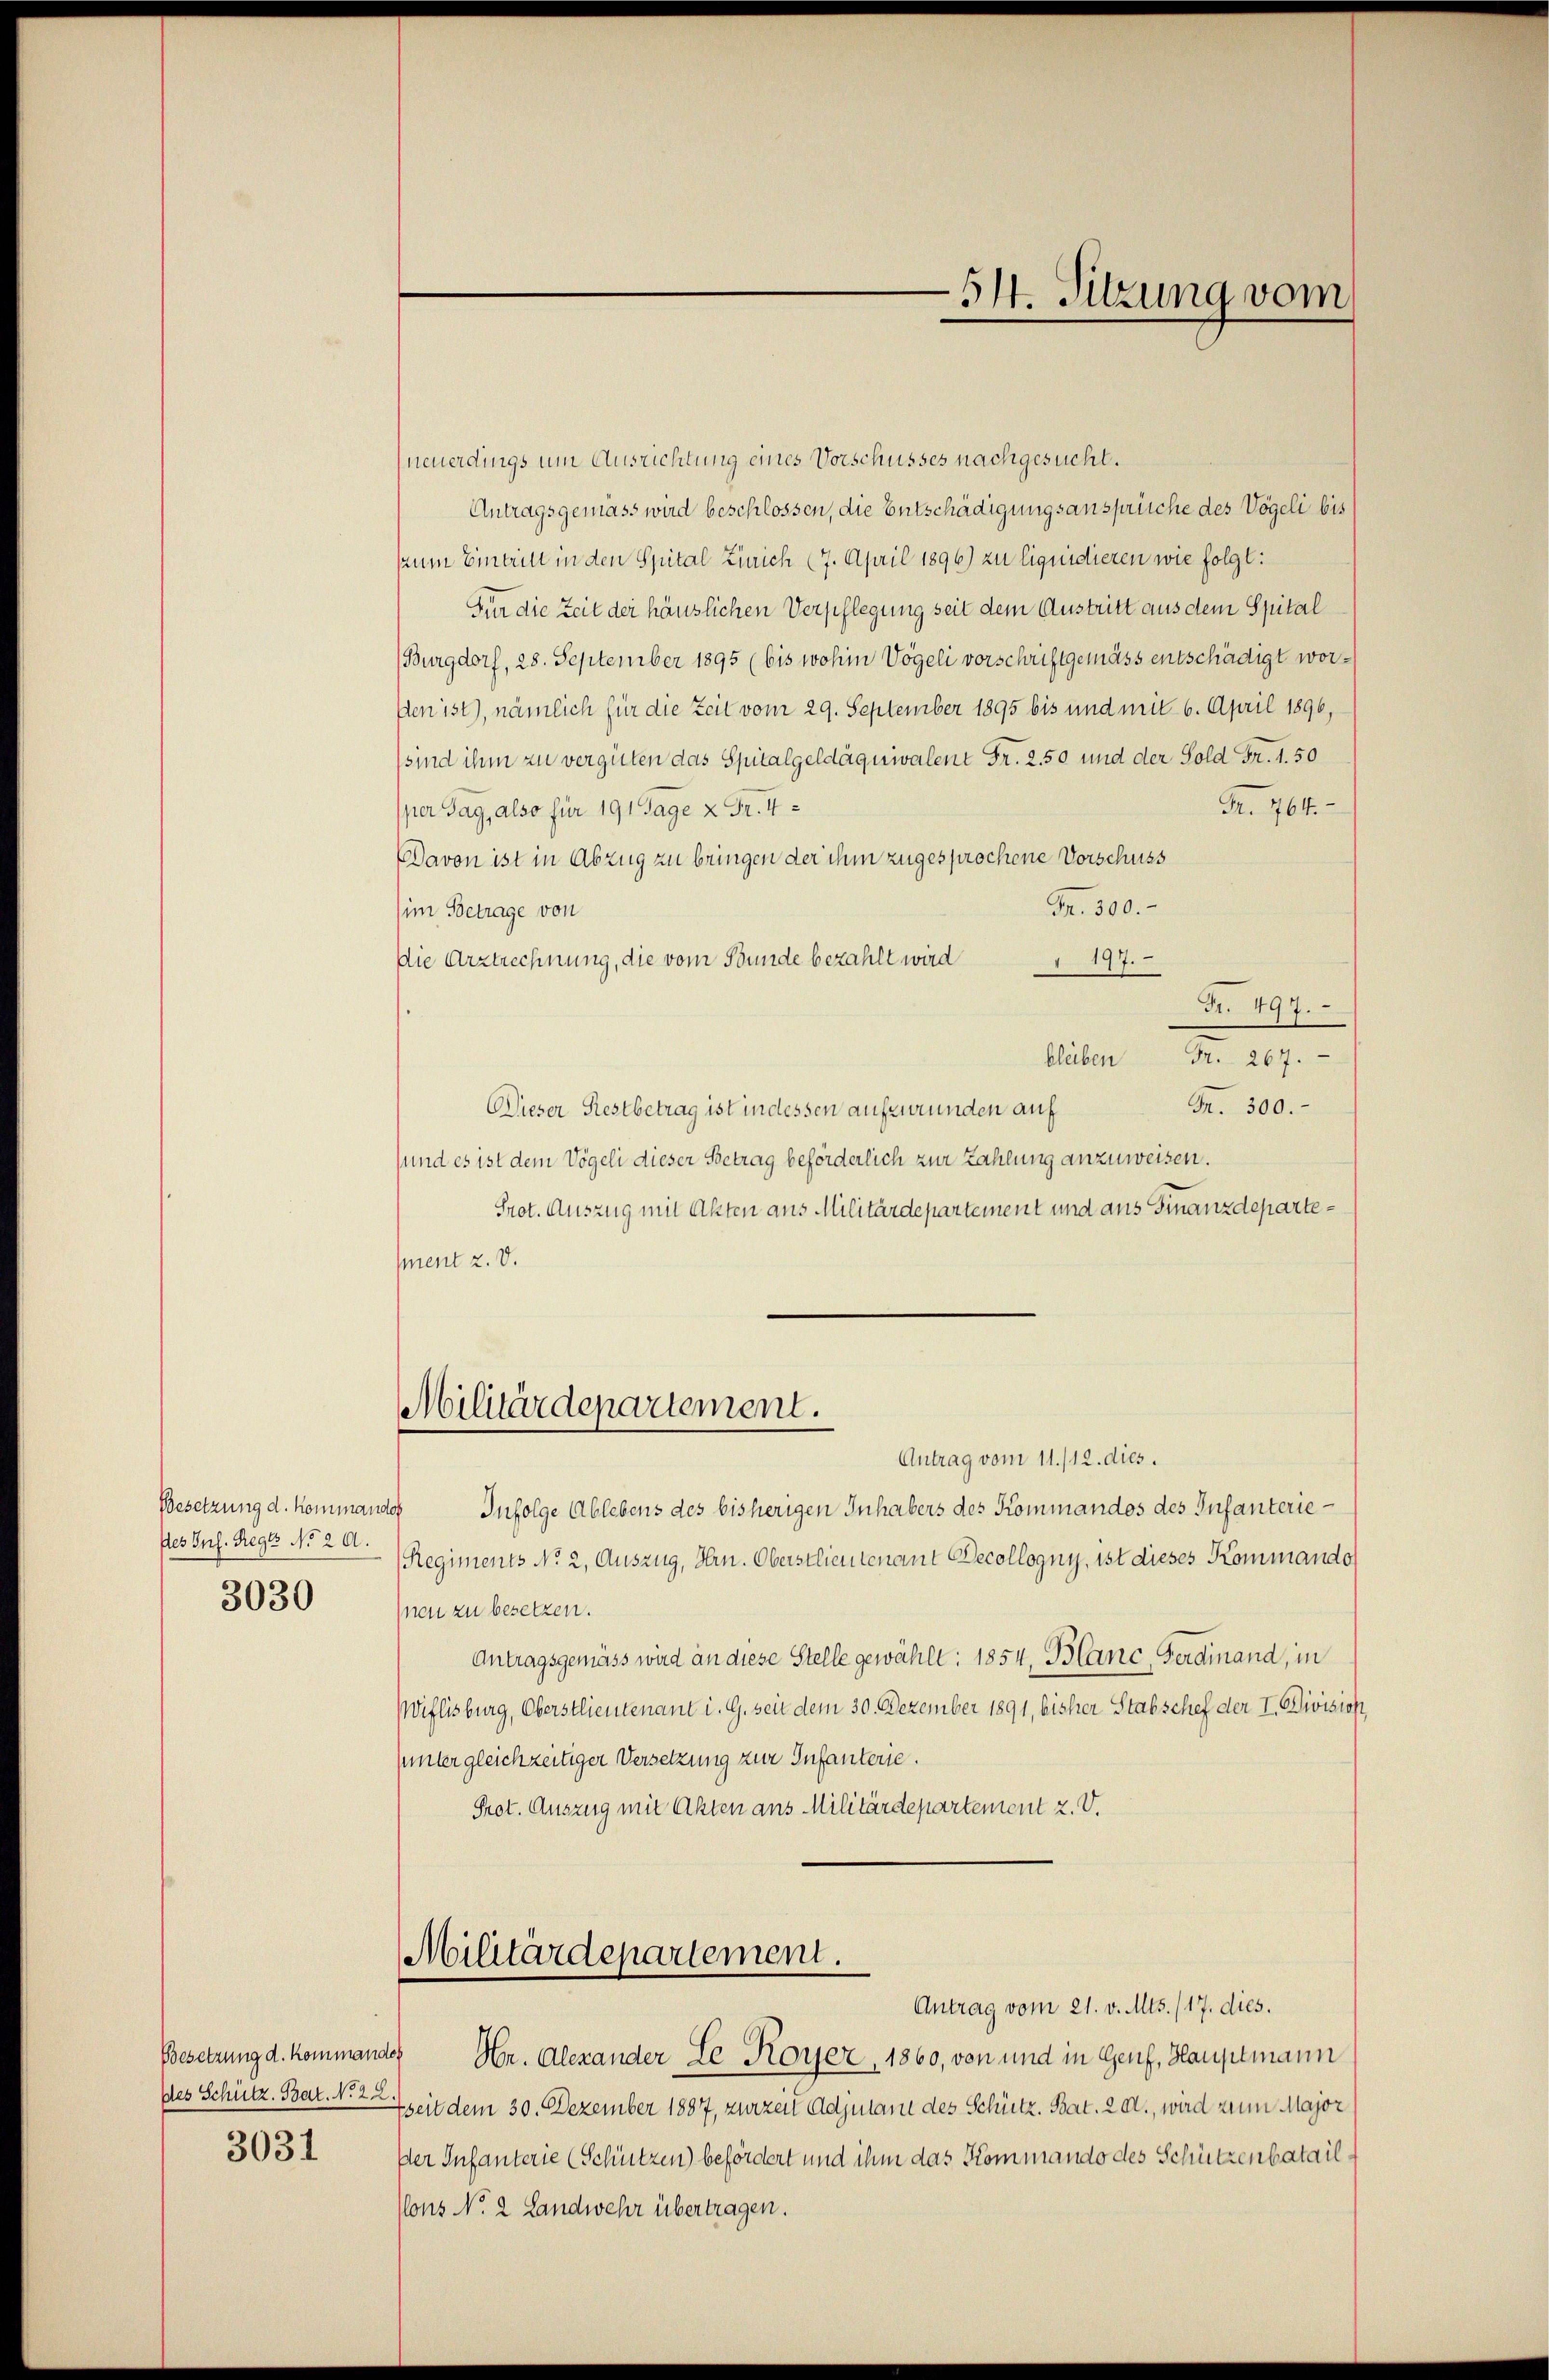
Besetzung d. Kommand
des Ins. Reges No 20.
3030

des Schütz, Bar. No 28
3031

Militärdepartement.

neuerdings um Ausrichtung eines Vorschusses nachgesucht.
Antragsgemäss wird beschlossen, die Entschädigungsansprüche des Vögeli bis
zum Eintritt in den Spital Zürich 17. April 1896) zu liquidieren wie folgt:
Für die Zeit der häuslichen Verpflegung seit dem Austritt aus dem Spital
(Burgdorf, 28. September 1895 (bis wohin Vögeli vorschriftgemäss entschädigt worden ist), nämlich für die Zeit vom 29. September 1895 bis und mit 6. April 1896,
sind ihm zu vergüten das Spitalgeldäquivalent Fr. 250 und der Gold Fr. 1. 50
Nr. 764.
per Tag, also für 191 Tage 2 Fr. 4
DDavon ist in Abzug zu bringen der ihm zugesprochene Vorschuss
Fr. 300.
im Betrage von
Die Arztrechnung, die vom Bunde bezahlt wird
 197.
Fr. 497.
An N. 27.
M. 300.
Wieser Restbetrag ist in dessen aufzurunden auf
sund es ist dem Vögeli dieser Betrag beförderlich zur Zahlung anzuweisen.
Prot. Auszug mit Akten aus Militärdepartement und aus Finanzdepartesment z. V.
Militärdepartement.
Antrag vom 11./12. dies
1o Infolge Ablebens des bisherigen Inhabers des Kommandos des Infanterie¬
(Regiments No 2, Auszug, Hrn. Oberstlieutenant Decollogny, ist dieses Kommando
nen zu besetzen.
Antragsgemäss wird an diese Stelle gewählt: 1854, Blanc, Ferdinand, in
Weflisburg, Oberstlieutenant i. G. seit dem 30. Dezember 1891, bisher Stabschef der I. Division,
punter gleichzeitiger Versetzung zur Infanterie.
Prot. Auszug mit Akten ans Militärdepartement 2. V.

Antrag vom 21. v. Mts. 117. dies.
Besetzung d. Kommandes Hr. Alexander Le Royer, 1860, von und in Genf, Hauptmann
fseit dem 30. Dezember 1887, zurzeit Adjutant des Schütz, Bat. 20t., wird zum Major
Der Infanterie (Schützen) befördert und ihm das Kommando des Schützenbatail¬
Clons No 2 Landwehr übertragen.

-514. Sitzung vom